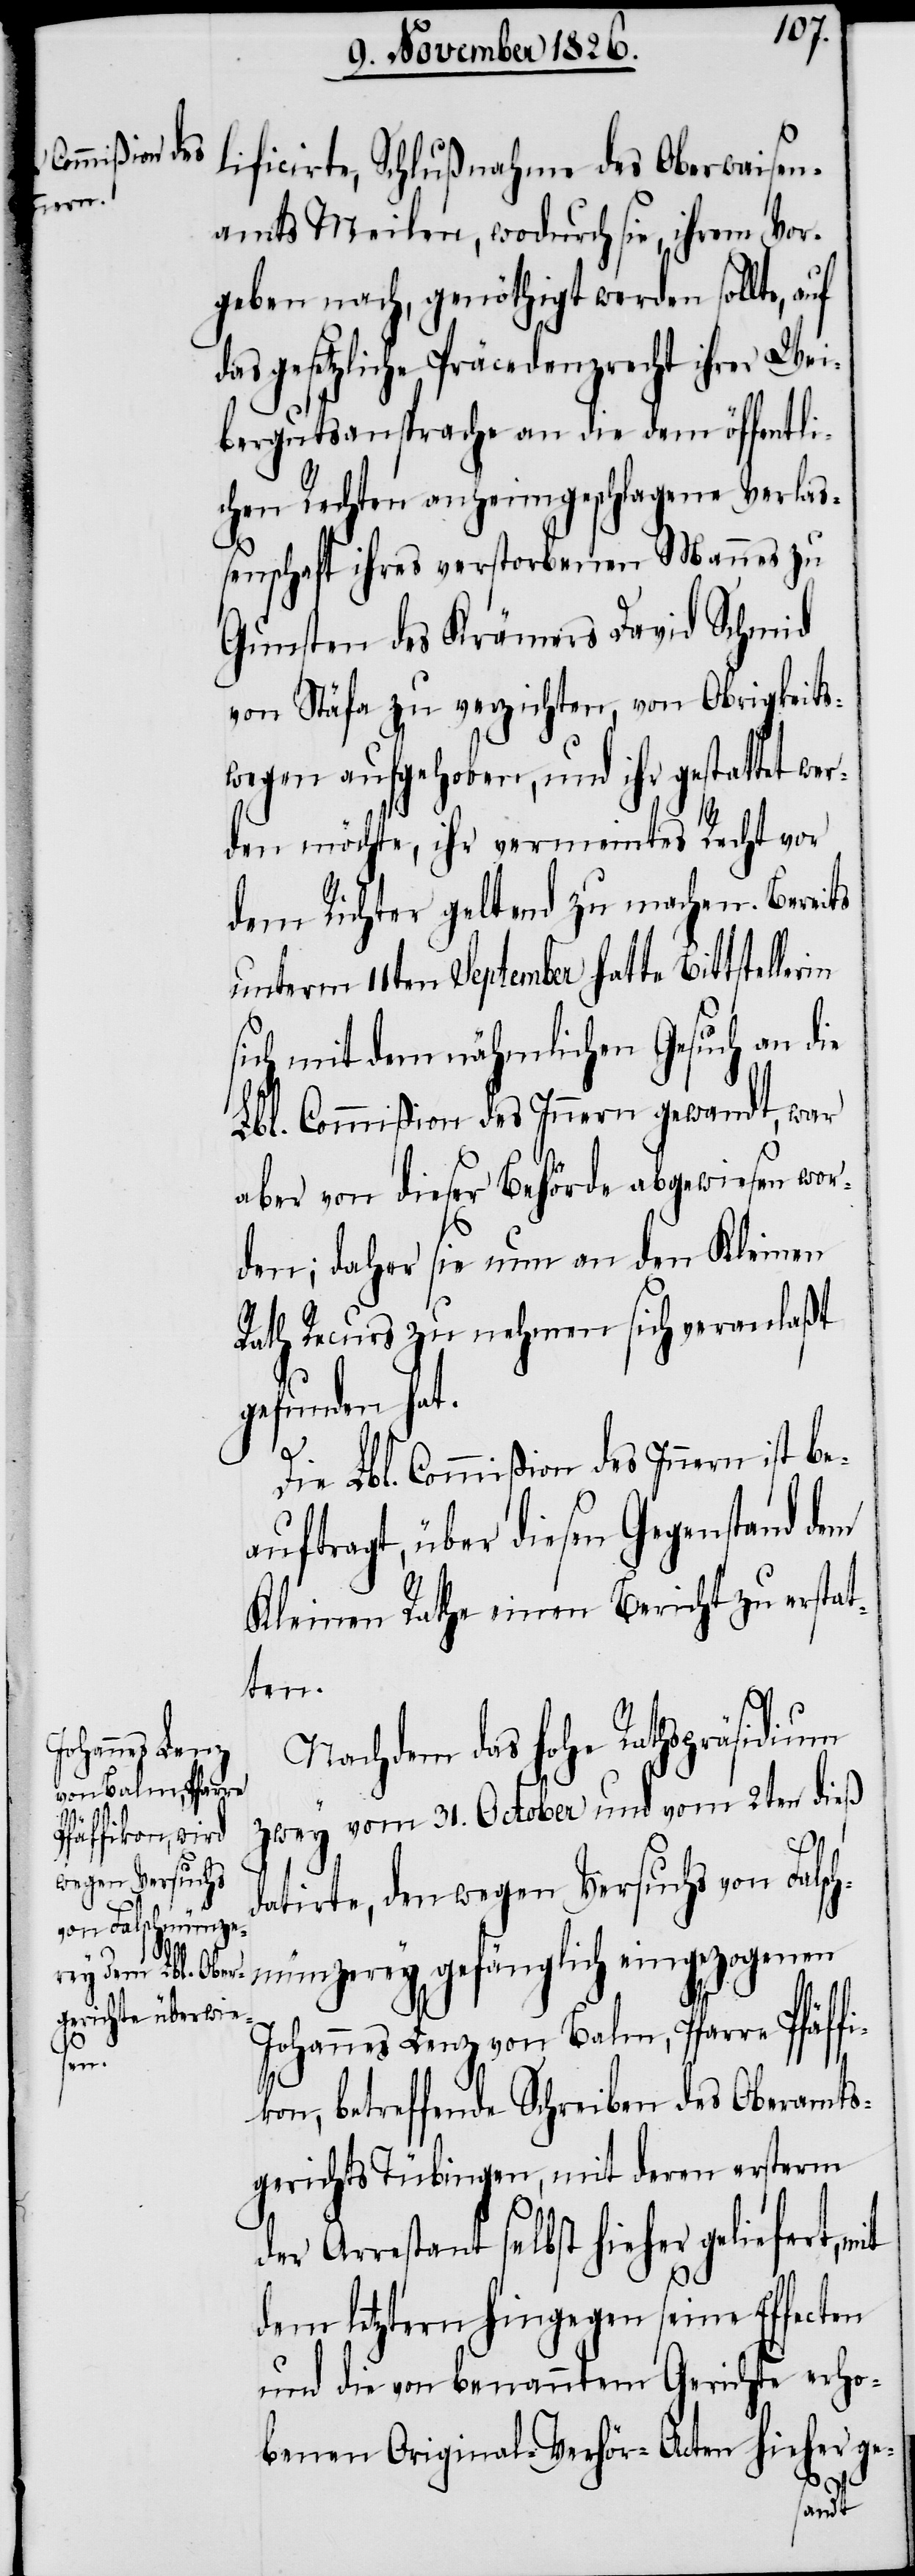
in

lificirte, Schlußnahme des Oberwaisen¬
amts Meilen, wodurch sie, ihrem Vor¬
geben nach, genöthigt werden sollte,
das gesetzliche Präcedenzrecht ihrer Wei¬
bergutsansprache an die dem öffentli¬
chen Rechten anheimgeschlagene Verlaß¬
enschaft ihres verstorbenen Mannes zu
Gunsten des Krämers David Schmid
von Stäfa zu verzichten, von Obrigkeits¬
wegen aufgehoben, und ihr gestattet wer¬
den möchte, ihr vermeintes Recht vor
dem Richter geltend zu machen. Bereits
unterm 11ten September hatte Bittsteller¬
sich mit dem nähmlichen Gesuch an die
Lbl. Commißion des Innern gewandt, war
aber von dieser Behörde abgewiesen wor¬
den; daher sie nun an den Kleinen
Rath Recurs zu nehmen sich veranlaßt
gefunden hat.
Die Lbl. Commißion des Innern ist be¬
auftragt, über diesen Gegenstand dem
Kleinen Rath einen Bericht zu erstat¬
ten.
Nachdem das hohe Rathspräsidium
zwey vom 31. October und vom 2ten dieß
datirte, den wegen Versuchs von Falsch¬
münzerey gefänglich eingezogenen
Johannes Lenz von Balm, Pfarre Pfäff¬
ikon, betreffende Schreiben des Oberamts¬
gerichts Tübingen, mit deren ersterm
der Arrestant selbst hieher geliefert,
dem letztern hingegen seine Effecten
und die von benanntem Gerichte erho¬
benen Original-Verhör-Acten hieher ge-